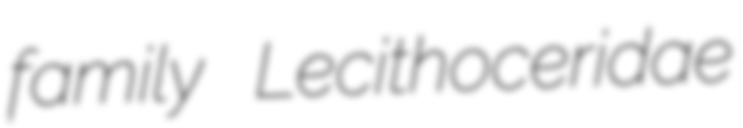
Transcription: family Lecithoceridae